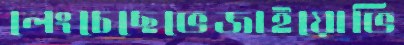
লেংচেছেভেজাইয়োভি